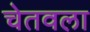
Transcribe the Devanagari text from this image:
चेतवला